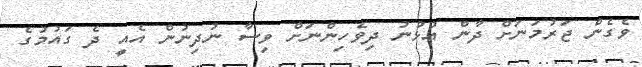
ވެގެން ޖަރުމަނަށް ދާން އުޅުނު ދިވެހިންނަށް ވިސާ ނުދިނުން އެއީ ދެ ގައުމުގެ